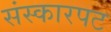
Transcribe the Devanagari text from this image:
संस्कारपट